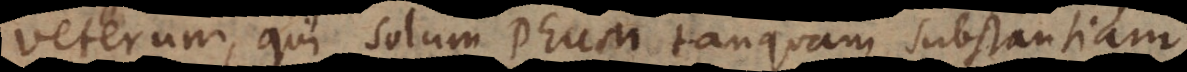
veterum, qui solum Deum tanquam substantiam